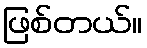
ဖြစ်တယ်။